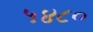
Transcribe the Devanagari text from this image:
५४८०